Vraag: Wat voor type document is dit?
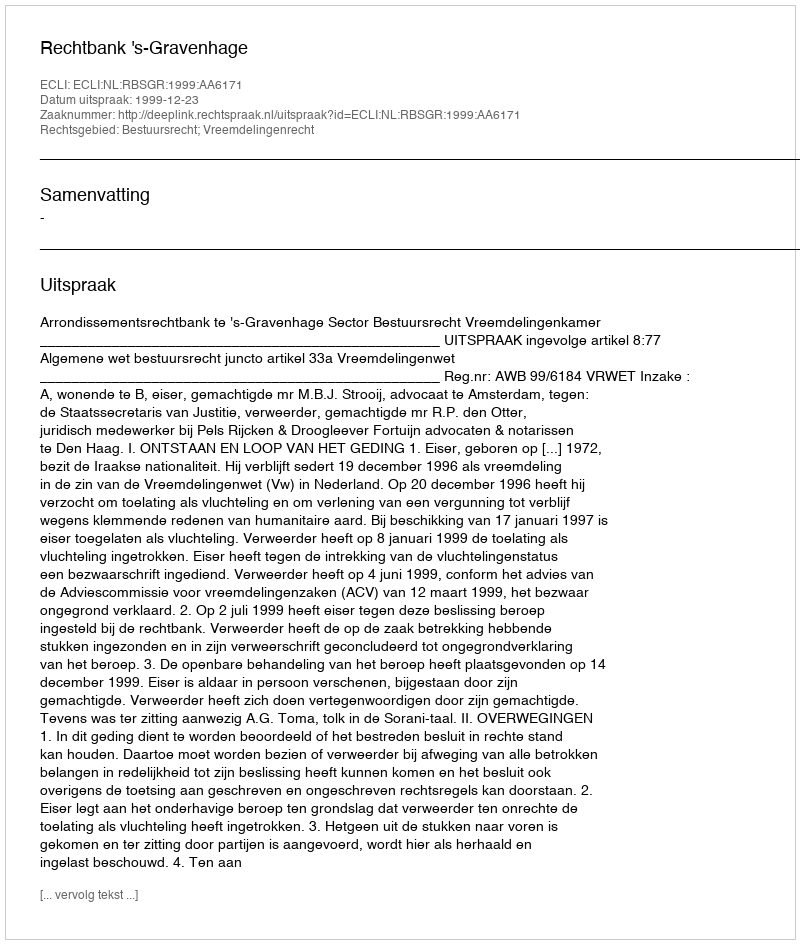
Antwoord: Uitspraak